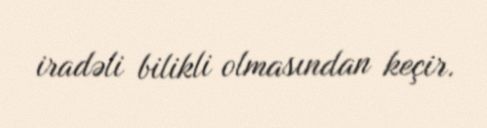
iradəli bilikli olmasından keçir.